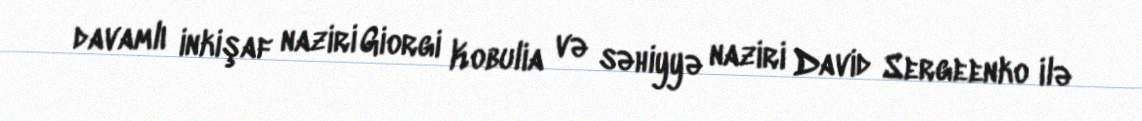
davamlı inkişaf naziri Giorgi Kobulia və səhiyyə naziri David Sergeenko ilə